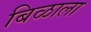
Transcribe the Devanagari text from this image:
बिळाला